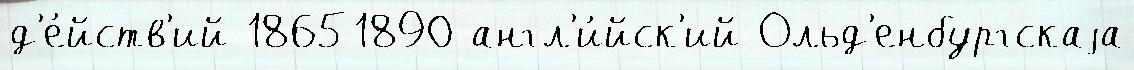
д'е́йств'ий 18651890 англ'и́йск'ий Ольд'енбургскаjа